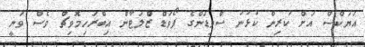
އަޔަކްސް އަށް ކުރިން ކުޅުނު ސްވިޑަންގެ ފޯވަޑް ޒްލަޓާން އިބްރަހިމޮވިޗް ވެސް ވަނީ